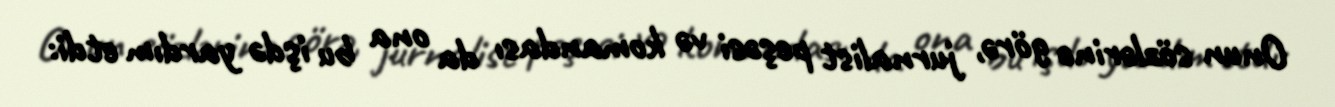
Onun sözlərinə görə, jurnalist peşəsi və komandası da ona bu işdə yardım etdi: